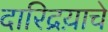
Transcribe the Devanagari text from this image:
दारिद्रय़ाचे